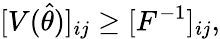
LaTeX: [V(\hat{\theta})]_{ij}\geq[F^{-1}]_{ij},